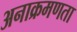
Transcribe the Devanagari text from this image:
अनाक्रमणता